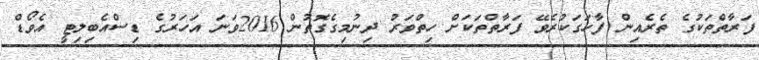
ފަރާތްތަކުގެ ތެރެއިން ފާހަގަކުރެވޭ ފަރާތްތަކަށް ހިތްވަރު ދިނުމިގެގޮތުން 2016ވަނަ އަހަރުގެ ޑިސްއެބިލިޓީ އެވޯޑް